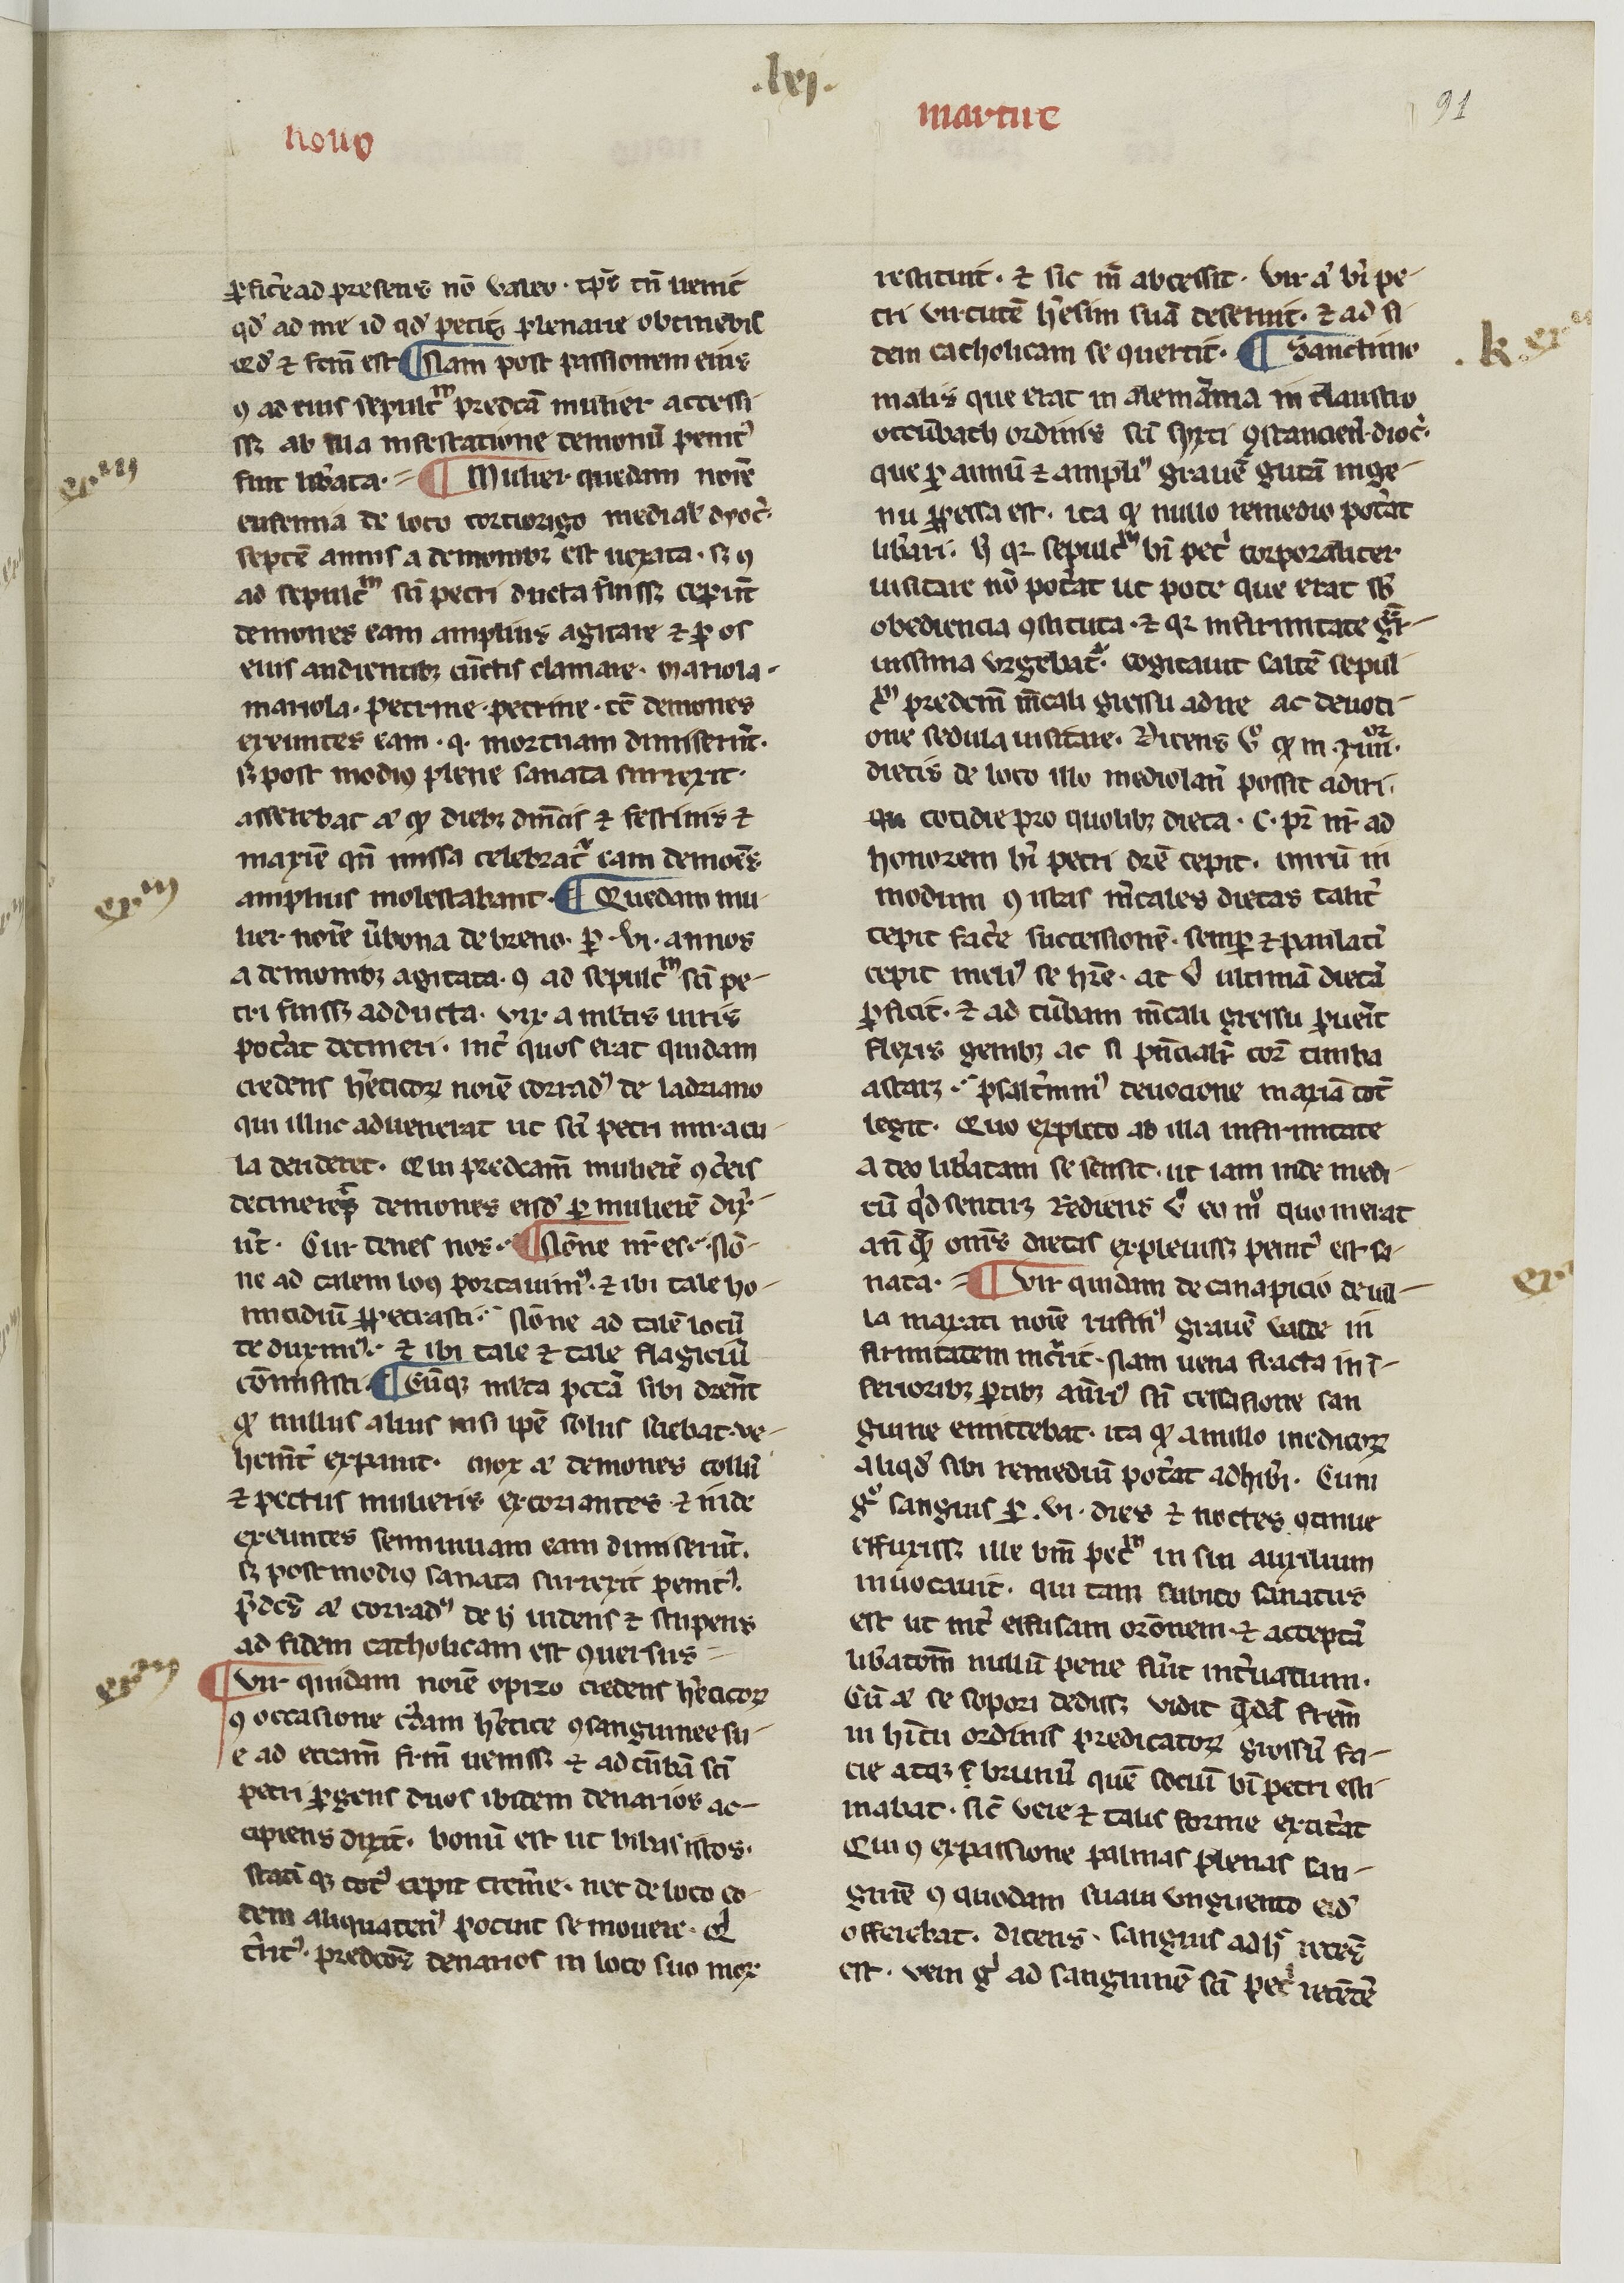
Shelfmark: Paris, BnF, NAL 775
Century: 14